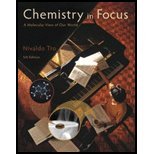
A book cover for Chemistry in Focus A Molecular View of Our World by Tro, Nivaldo J. [Cengage Learning,2012] [Paperback] 5TH EDITION; Science & Math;